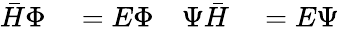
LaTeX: \begin{array}{rlrl}{\bar{H}\Phi}&{{}=E\Phi}&{\Psi\bar{H}}&{{}=E\Psi}\end{array}